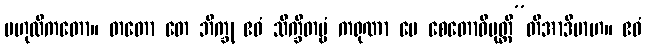
ဗဟုလီကတော။ တတော တေ ဘိက္ခု ဧဝံ သိက္ခိတဗ္ဗံ ကရုဏာ မေ စေတောဝိမုတ္တီ”တိအာဒိမာဟ။ ဧဝံ